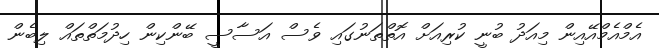
އެމްއެމްއޭއިން މިއަދު ބުނީ ކުރިއަށް އޮތްތަނުގައި ވެސް އަސާސީ ބޭންކިން ހިދުމަތްތައް ލިބެން